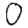
Digit: 0